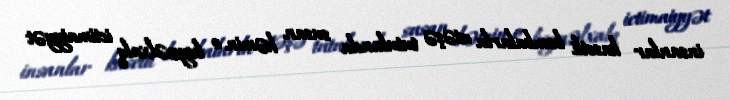
insanlar kasetli bombalarla atəşə tutulanda susan həmin o beynəlxalq ictimaiyyət